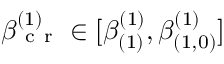
\beta _ { \mathrm { ~ c ~ r ~ } } ^ { ( 1 ) } \in [ \beta _ { ( 1 ) } ^ { ( 1 ) } , \beta _ { ( 1 , 0 ) } ^ { ( 1 ) } ]